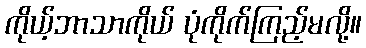
ကိုယ့်ဘာသာကိုယ် ပုံကိုက်ကြည့်မလို့။